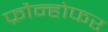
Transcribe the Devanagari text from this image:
फ्रौन्होफर